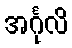
အင်္ဂုလိ